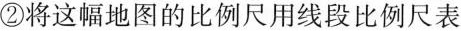
②将这幅地图的比例尺用线段比例尺表